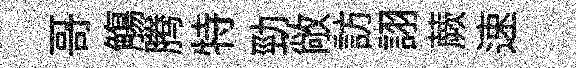
哥觴腾特勁敞訪詡蕨速